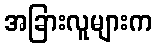
အခြားလူများက